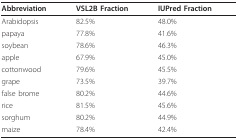
<table><thead><tr><td><b>Abbreviation</b></td><td><b>VSL2B Fraction</b></td><td><b>IUPred Fraction</b></td></tr></thead><tbody><tr><td>Arabidopsis</td><td>82.5%</td><td>48.0%</td></tr><tr><td>papaya</td><td>77.8%</td><td>41.6%</td></tr><tr><td>soybean</td><td>78.6%</td><td>46.3%</td></tr><tr><td>apple</td><td>67.9%</td><td>45.0%</td></tr><tr><td>cottonwood</td><td>79.6%</td><td>45.5%</td></tr><tr><td>grape</td><td>73.5%</td><td>39.7%</td></tr><tr><td>false brome</td><td>80.2%</td><td>44.6%</td></tr><tr><td>rice</td><td>81.5%</td><td>45.6%</td></tr><tr><td>sorghum</td><td>80.2%</td><td>44.9%</td></tr><tr><td>maize</td><td>78.4%</td><td>42.4%</td></tr></tbody></table>